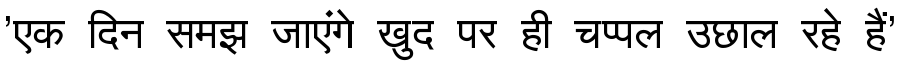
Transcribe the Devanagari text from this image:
'एक दिन समझ जाएंगे खुद पर ही चप्पल उछाल रहे हैं'